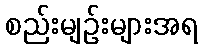
စည်းမျဉ်းများအရ